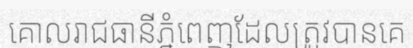
គោលរាជធានីភ្នំពេញដែលត្រូវបានគេ